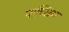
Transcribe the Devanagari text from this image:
पाच्छिम